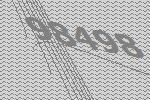
98498